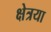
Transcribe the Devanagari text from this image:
क्षेत्रया